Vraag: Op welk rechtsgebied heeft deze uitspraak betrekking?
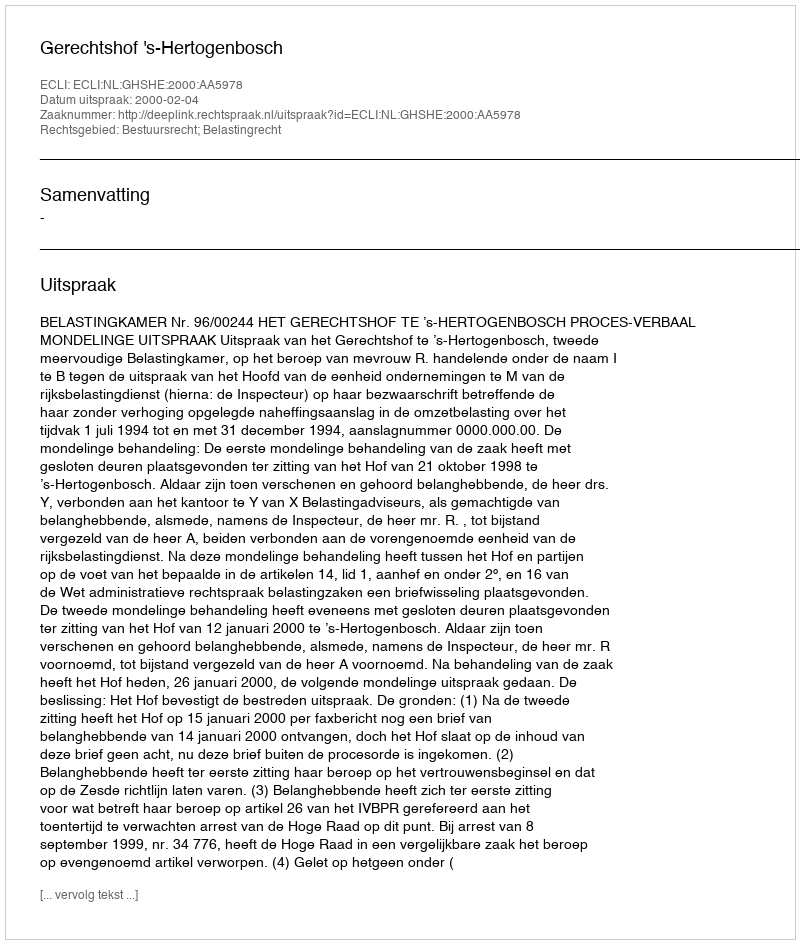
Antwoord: Bestuursrecht; Belastingrecht